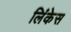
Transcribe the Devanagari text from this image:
लिंकेस